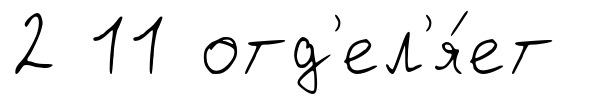
2 11 отд'ел'я́ет